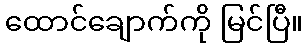
ထောင်ချောက်ကို မြင်ပြီ။